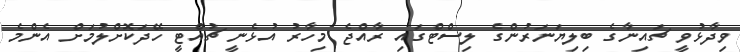
ވިދާޅުވީ ޗައިނާގެ ބިލިޔަނަރުންގެ ލިސްޓްގައި ރާއްޖެ މިހާރު އުޅެނީ ޗުއްޓީ ހޭދަކޮށްލުމަށް އެންމެ